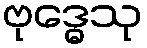
ဗုဒ္ဓေသု